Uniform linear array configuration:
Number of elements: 16
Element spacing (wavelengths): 0.25
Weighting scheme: blackman
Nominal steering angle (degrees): -45
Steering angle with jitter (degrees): -43.078
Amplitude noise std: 0.05
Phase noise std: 0.05

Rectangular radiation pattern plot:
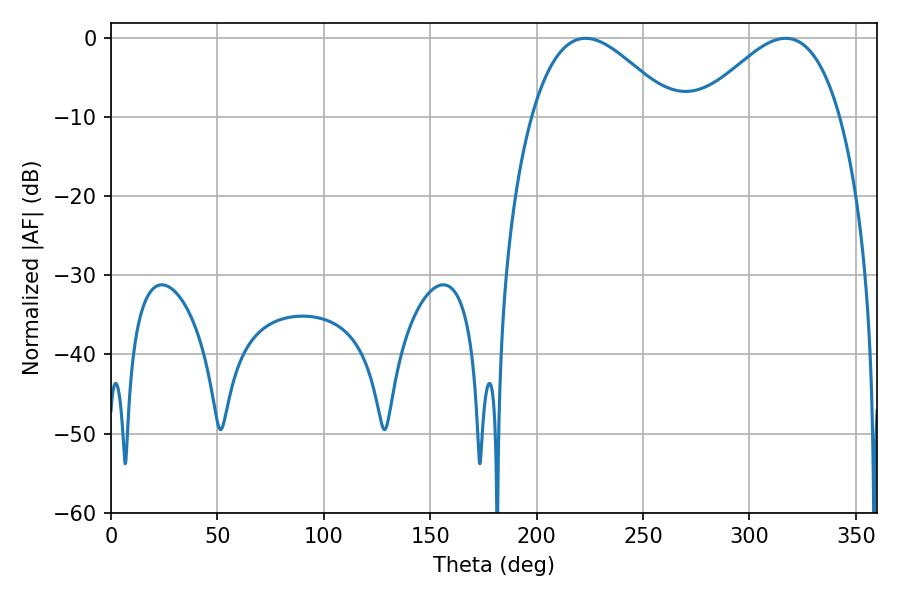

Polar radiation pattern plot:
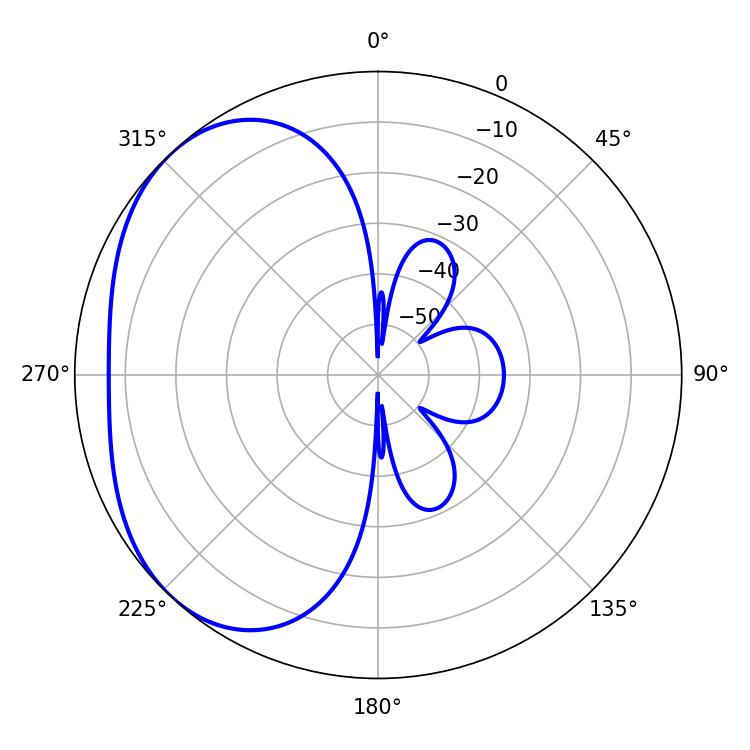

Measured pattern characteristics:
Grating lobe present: FALSE
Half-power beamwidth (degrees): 36
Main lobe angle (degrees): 223.02